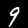
Label: 9